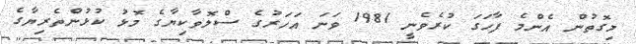
މިގޮތުން އެންމެ ފާހަގަ ކުރެވެނީ 1981 ވަނަ އަހަރުގެ ސްލޮވާކިޔާގެ މޮޅު ކުޅުންތެރިޔާގެ